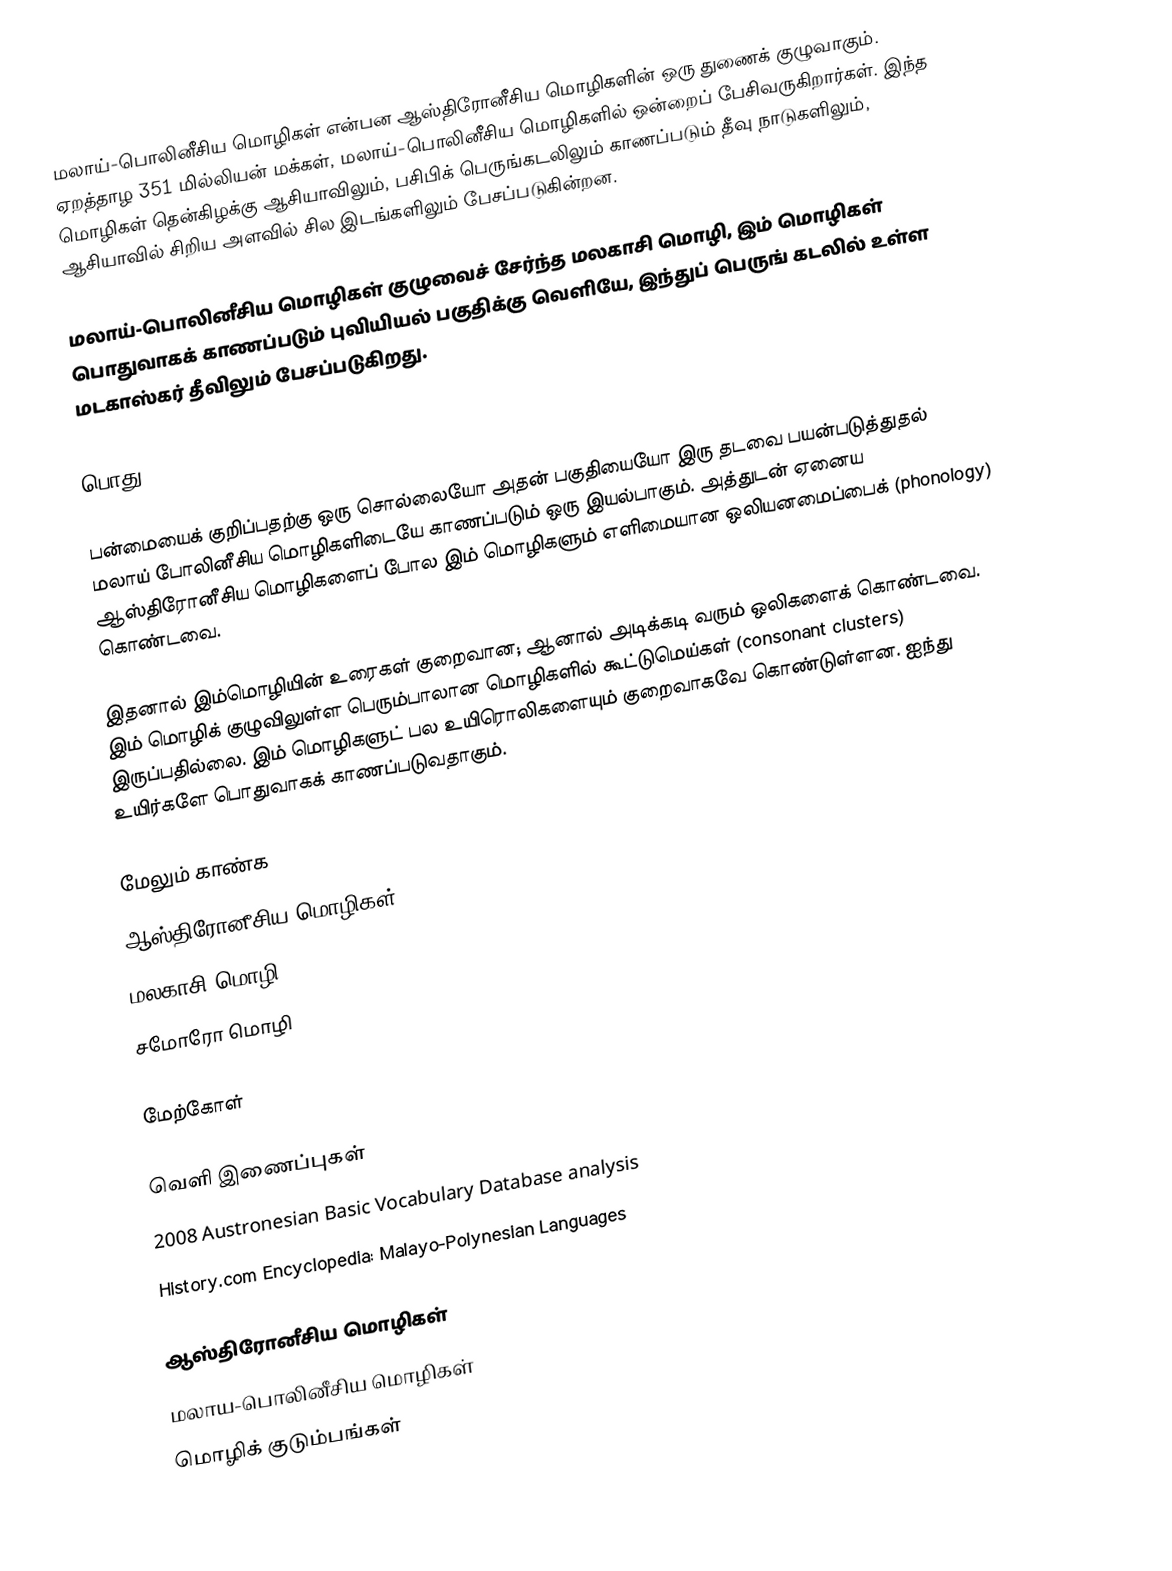
மலாய்-பொலினீசிய மொழிகள் என்பன ஆஸ்திரோனீசிய மொழிகளின் ஒரு துணைக் குழுவாகும். ஏறத்தாழ 351 மில்லியன் மக்கள், மலாய்-பொலினீசிய மொழிகளில் ஒன்றைப் பேசிவருகிறார்கள். இந்த மொழிகள் தென்கிழக்கு ஆசியாவிலும், பசிபிக் பெருங்கடலிலும் காணப்படும் தீவு நாடுகளிலும், ஆசியாவில் சிறிய அளவில் சில இடங்களிலும் பேசப்படுகின்றன.

மலாய்-பொலினீசிய மொழிகள் குழுவைச் சேர்ந்த மலகாசி மொழி, இம் மொழிகள் பொதுவாகக் காணப்படும் புவியியல் பகுதிக்கு வெளியே, இந்துப் பெருங் கடலில் உள்ள மடகாஸ்கர் தீவிலும் பேசப்படுகிறது.

பொது

பன்மையைக் குறிப்பதற்கு ஒரு சொல்லையோ அதன் பகுதியையோ இரு தடவை பயன்படுத்துதல் மலாய் போலினீசிய மொழிகளிடையே காணப்படும் ஒரு இயல்பாகும். அத்துடன் ஏனைய ஆஸ்திரோனீசிய மொழிகளைப் போல இம் மொழிகளும் எளிமையான ஒலியனமைப்பைக் (phonology) கொண்டவை.

இதனால் இம்மொழியின் உரைகள் குறைவான; ஆனால் அடிக்கடி வரும் ஒலிகளைக் கொண்டவை. இம் மொழிக் குழுவிலுள்ள பெரும்பாலான மொழிகளில் கூட்டுமெய்கள் (consonant clusters) இருப்பதில்லை. இம் மொழிகளுட் பல உயிரொலிகளையும் குறைவாகவே கொண்டுள்ளன. ஐந்து உயிர்களே பொதுவாகக் காணப்படுவதாகும்.

மேலும் காண்க
 ஆஸ்திரோனீசிய மொழிகள்
 மலகாசி மொழி
 சமோரோ மொழி

மேற்கோள்

வெளி இணைப்புகள்
2008 Austronesian Basic Vocabulary Database analysis
History.com Encyclopedia: Malayo-Polynesian Languages

ஆஸ்திரோனீசிய மொழிகள்
மலாய-பொலினீசிய மொழிகள்
மொழிக் குடும்பங்கள்